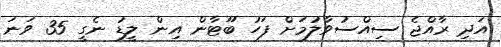
އަދި ރާއްޖެ ސިއްސުވާލުމަށް ފަހު ބޫޓާން އިން ލީޑު ނެގީ 35 ވަނަ